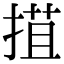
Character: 𢯽